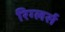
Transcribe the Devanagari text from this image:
रिग्लर्स